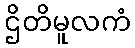
ဌိတိမူလကံ